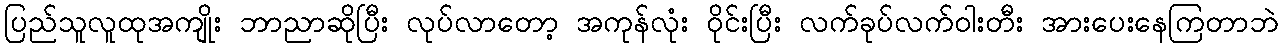
ပြည်သူလူထုအကျိုး ဘာညာဆိုပြီး လုပ်လာတော့ အကုန်လုံး ဝိုင်းပြီး လက်ခုပ်လက်ဝါးတီး အားပေးနေကြတာဘဲ